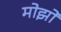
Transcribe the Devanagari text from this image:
मोझो